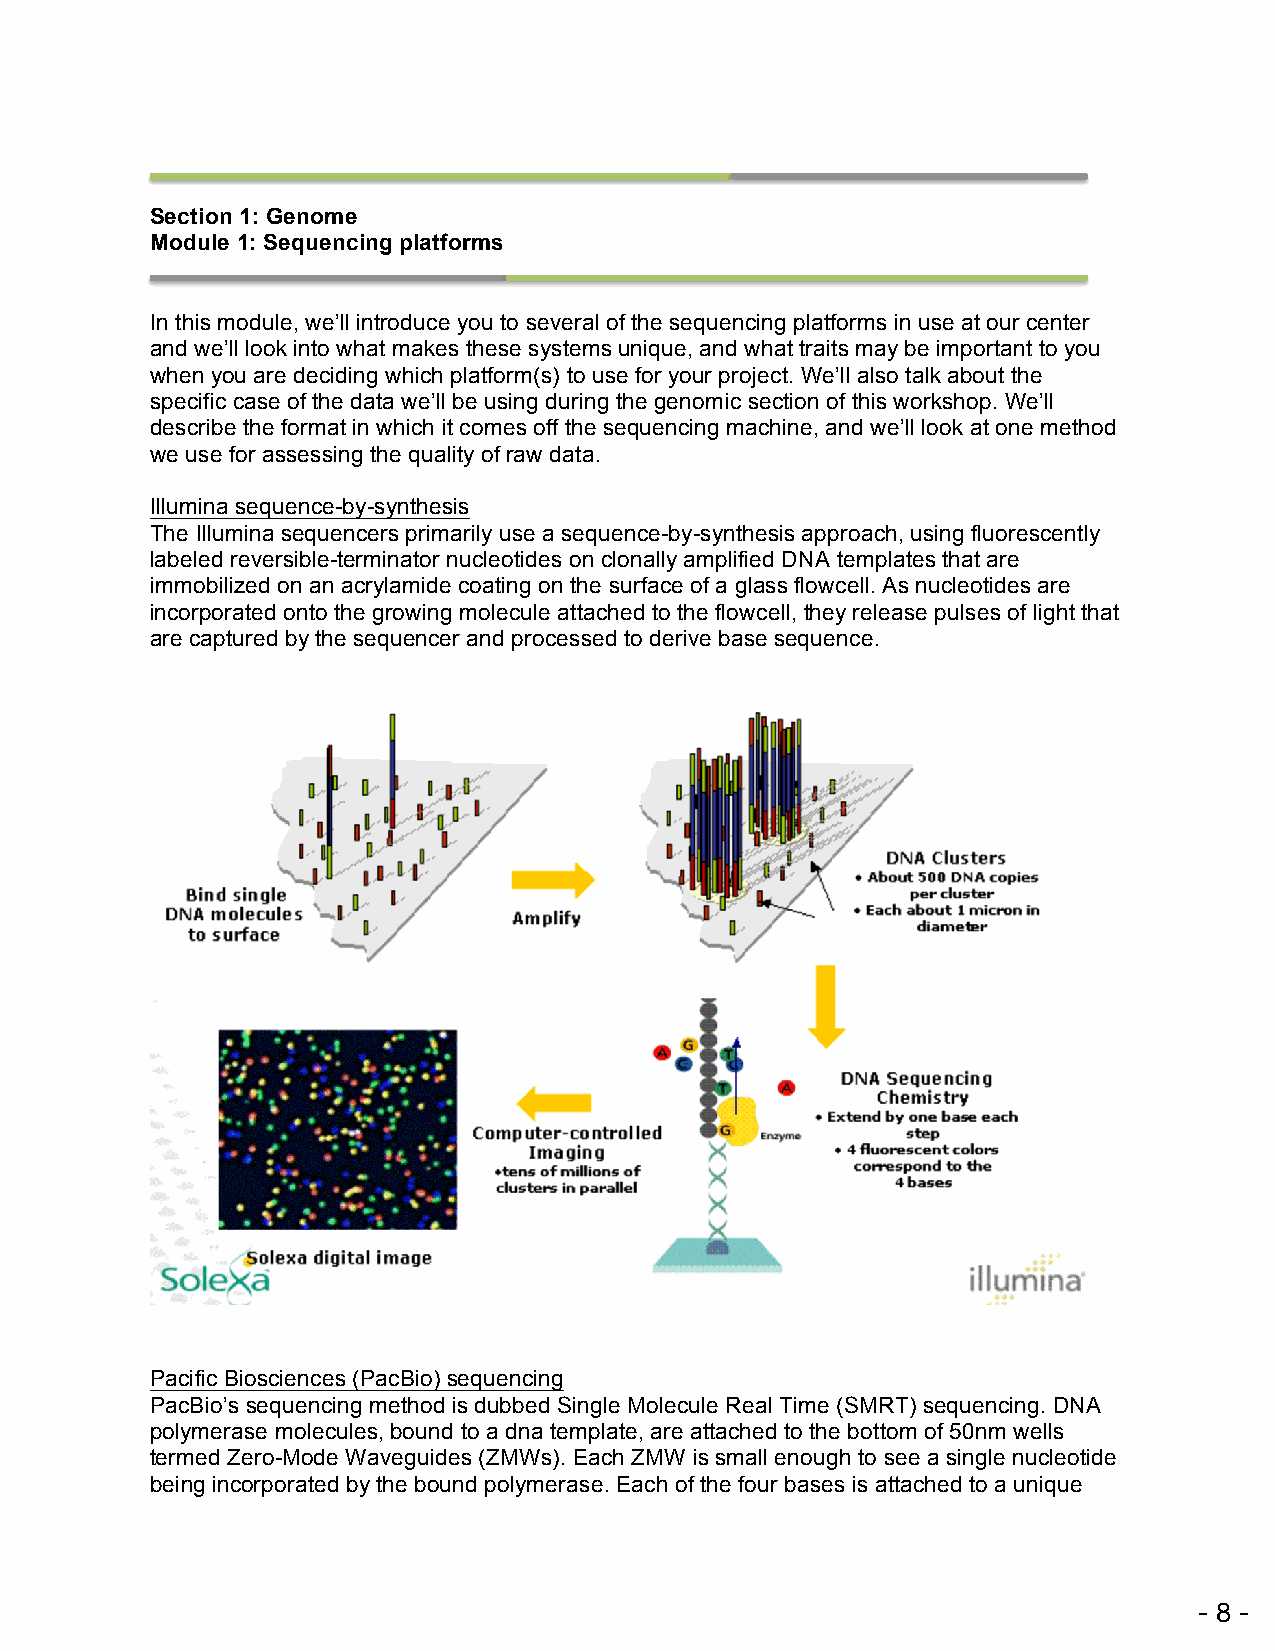
Section 1: Genome
 Module 1: Sequencing platforms
 !
 In this module, we’ll introduce you to several of the sequencing platforms in use at our center
 and we’ll look into what makes these systems unique, and what traits may be important to you
 when you are deciding which platform(s) to use for your project. We’ll also talk about the
 specific case of the data we’ll be using during the genomic section of this workshop. We’ll
 describe the format in which it comes off the sequencing machine, and we’ll look at one method
 we use for assessing the quality of raw data.
 Illumina sequence-by-synthesis
 The Illumina sequencers primarily use a sequence-by-synthesis approach, using fluorescently
 labeled reversible-terminator nucleotides on clonally amplified DNA templates that are
 immobilized on an acrylamide coating on the surface of a glass flowcell. As nucleotides are
 incorporated onto the growing molecule attached to the flowcell, they release pulses of light that
 are captured by the sequencer and processed to derive base sequence.
 !
 !
 Pacific Biosciences (PacBio) sequencing
 PacBio’s sequencing method is dubbed Single Molecule Real Time (SMRT) sequencing. DNA
 polymerase molecules, bound to a dna template, are attached to the bottom of 50nm wells
 termed Zero-Mode Waveguides (ZMWs). Each ZMW is small enough to see a single nucleotide
 being incorporated by the bound polymerase. Each of the four bases is attached to a unique